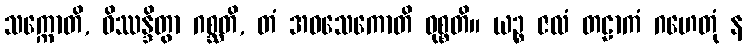
သက္ကောတိ, ဝိဿန္ဒိတွာ ဂစ္ဆတိ, တံ အဝသေကောတိ ဝုစ္စတိ။ ယဉ္စ ဇလံ တဠာကံ ဂဟေတုံ န